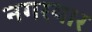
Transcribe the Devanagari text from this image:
नगरयार